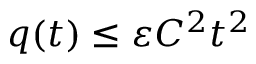
q ( t ) \leq \varepsilon C ^ { 2 } t ^ { 2 }